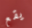
يقع